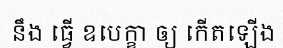
នឹង ធ្វើ ឧបេក្ខា ឲ្យ កើតឡើង